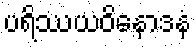
ပရိဿယဝိနောဒနံ